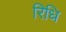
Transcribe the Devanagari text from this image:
रिधि